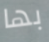
بها